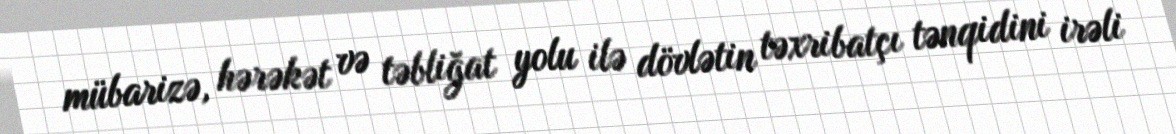
mübarizə, hərəkət və təbliğat yolu ilə dövlətin təxribatçı tənqidini irəli